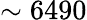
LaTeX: \sim 6490